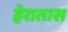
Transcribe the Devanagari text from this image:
हेरातास